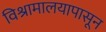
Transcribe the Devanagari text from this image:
विश्रामालयापासून